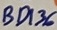
Text: BD136